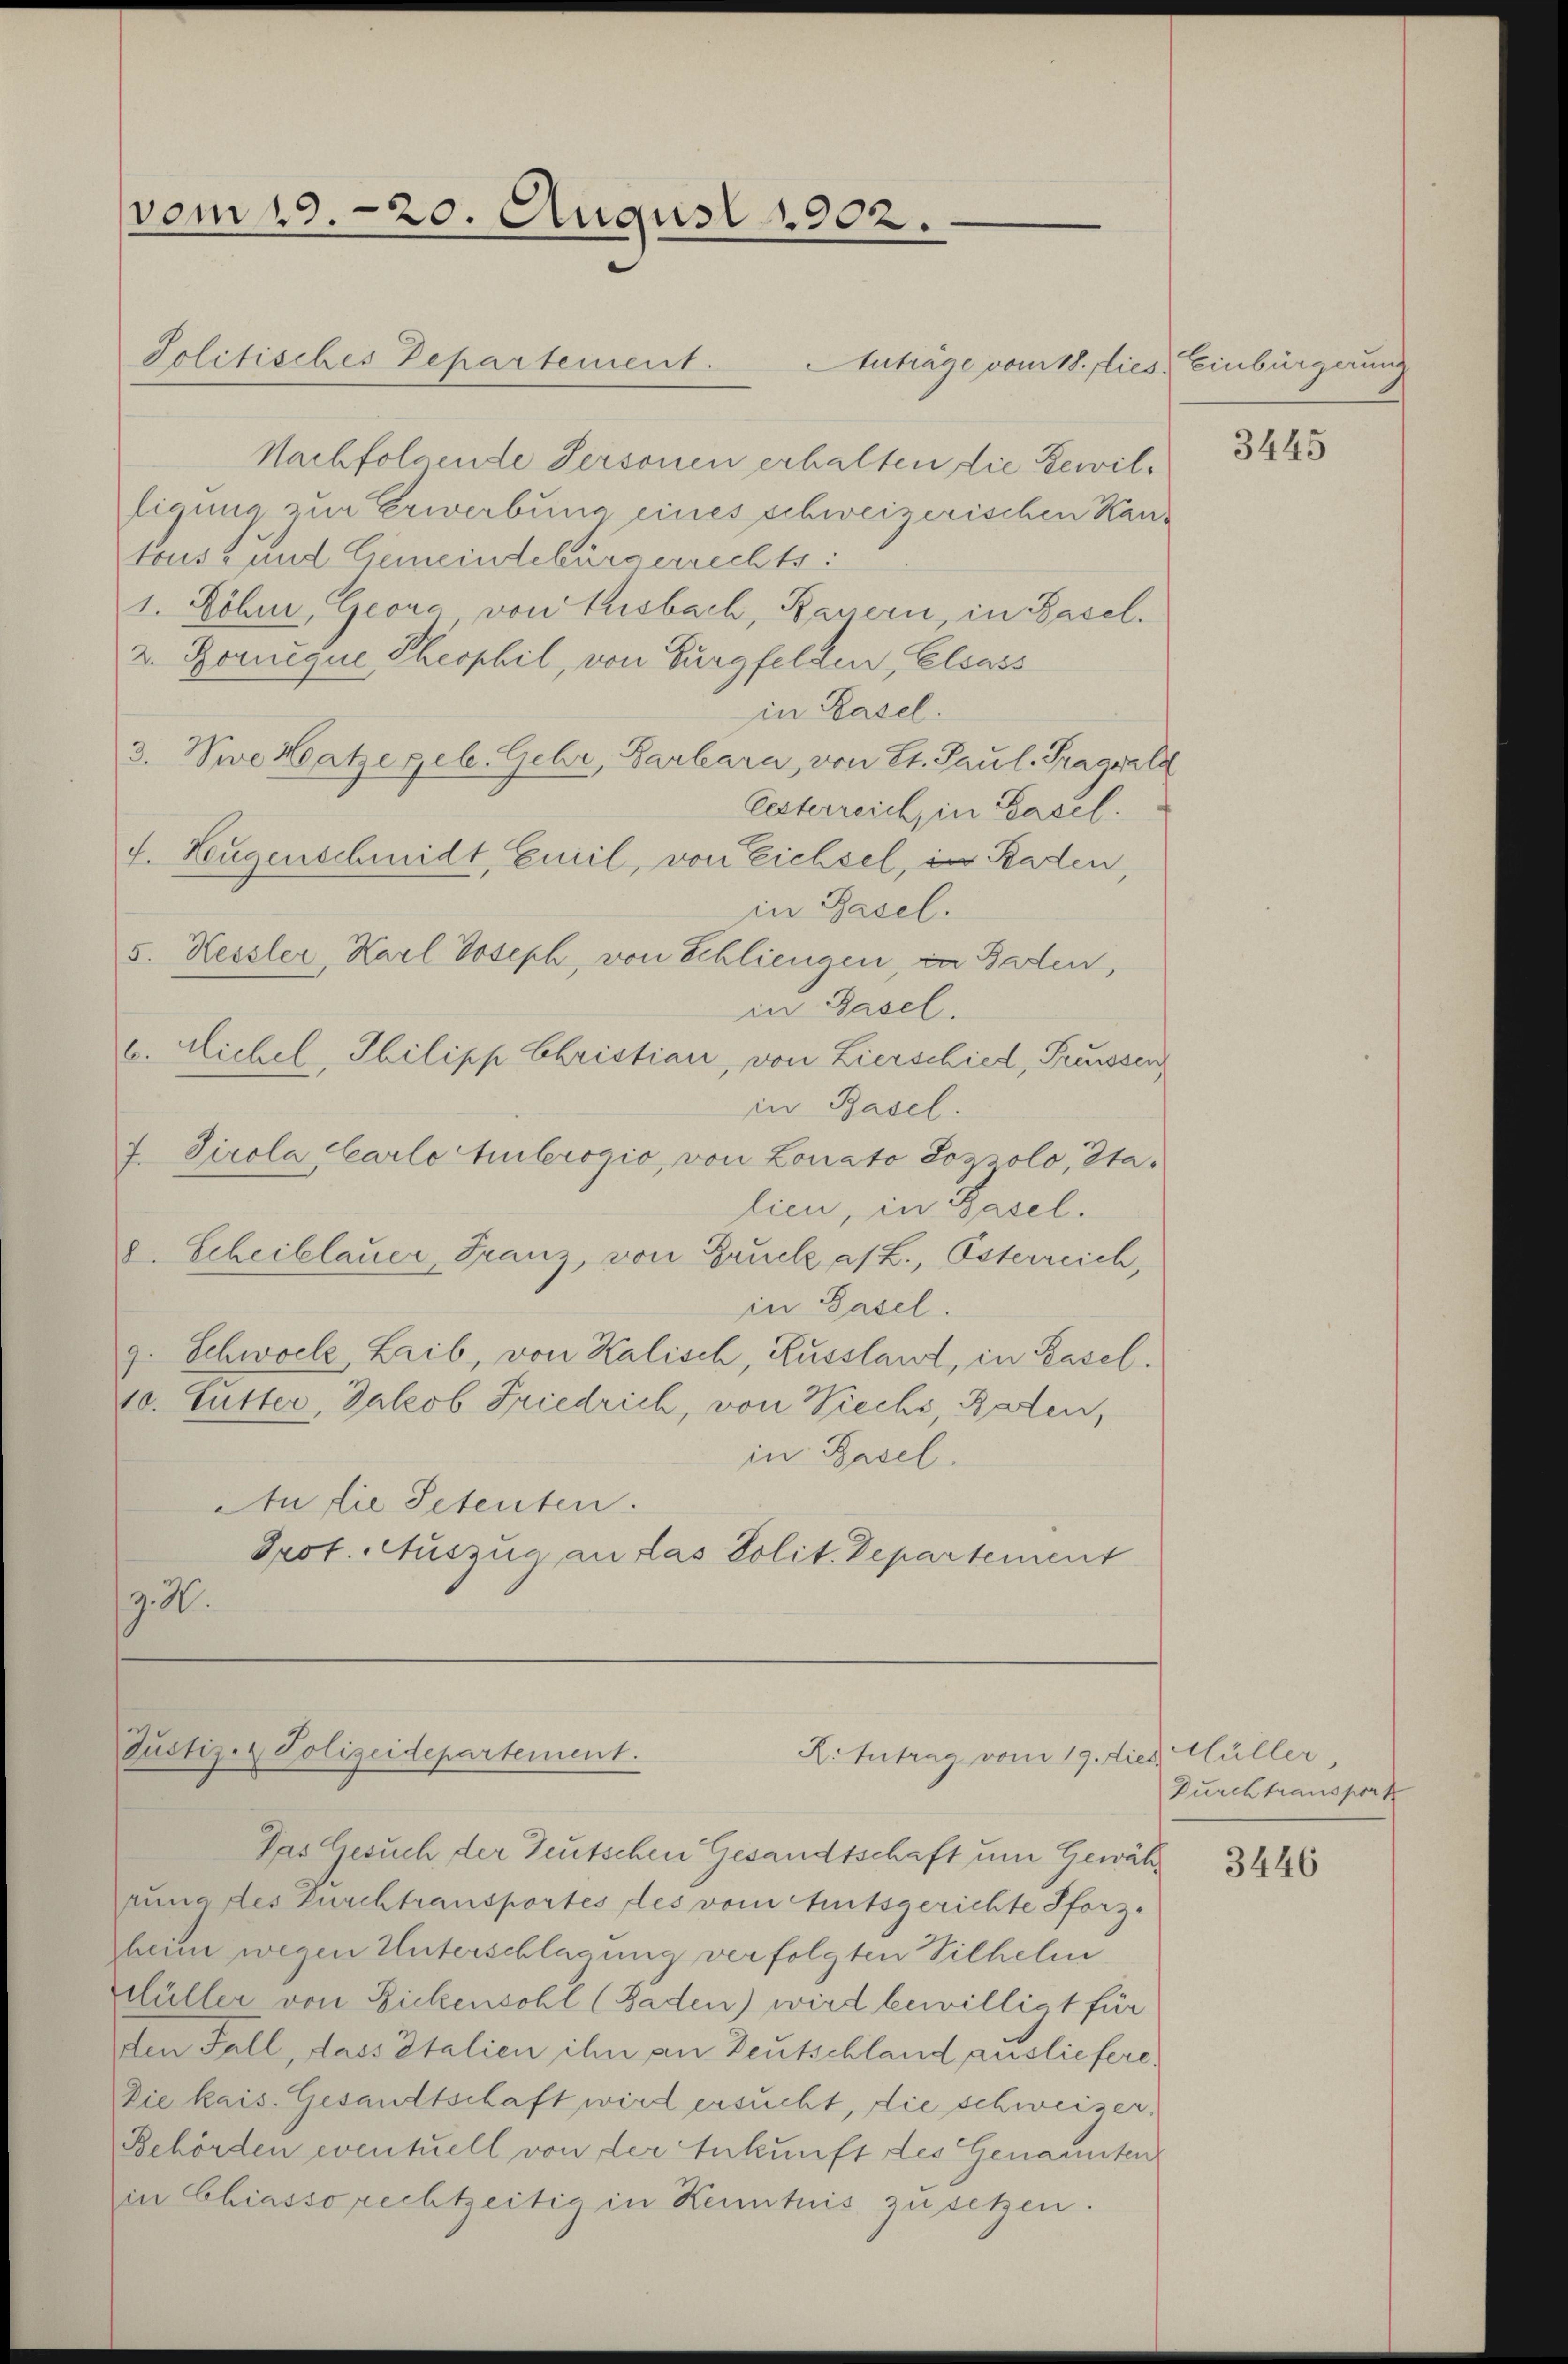
vom 19. 20. August 1902.

Politisches Departement.
Anträge vom 18. flies, Einbürgerung
Nachfolgende Personen erhalten die Bewilligung zur Erwerbung eines schweizerischen Kantous und Gemeindebürgerrechts:
1. Söhne, Georg von Tusbach, Bauern, in Basel.
2. Romuque, Theophil, von Burgfelden, Elsass
in Basel.
3. Nie Kategel. Gehr, Barbara, von St. Paul. Tragwald
lesterreich, in Basel.
4. Eugenschmidt, Emil, von Eichsel, in Baden,
in Basel.
5. Hessler, Karl Joseph, von Schliengen, in Baden,
in Basel.
b. Hiebel, Thilipp Christian, von Lierschied, Preussen
in Basel.
7. Tirola Carlo Amberogio, von Lonato Lozsolo, Stalien, in Basel.
8. Scheiblauer, Franz, von Druck a/L., Österreich,
in Basel.
g. Schwolle Laib, von Kalisch, Russlant, in Basel.
10. Lutter, Jakob Friedrich, von Wiechs, Baren,
in Basel.
An die Petenten.
Prot. Auszug an das Polit. Departement
z. R.

Das Gesuch, der Deutschen Gesandtschaft um Gewährung des Furchtransportes des vom Amtsgerichte Pforz-
heim wegen Unterschlagung verfolgten Vilhelm
Hüller von Bickensohl (Baden) wird bewilligt für
den Fall, dass Italien ihn an Deutschland ausliefere.
Die kais. Gesandtschaft wird ersucht, die schweizer¬
Behörden eventuell von der Ankunft des Genannten
in Chiasso rechtzeitig in Kenntnis zu setzen.

Justiz- & Polizeidepartement.
R.Intrag vom 19. Dieb

3445

Hüller,
Durch transport

3446